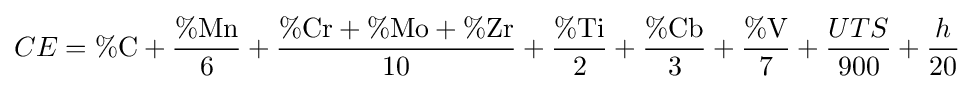
CE=\%{\text{C}}+{\frac {\%{\text{Mn}}}{6}}+{\frac {\%{\text{Cr}}+\%{\text{Mo}}+\%{\text{Zr}}}{10}}+{\frac {\%{\text{Ti}}}{2}}+{\frac {\%{\text{Cb}}}{3}}+{\frac {\%{\text{V}}}{7}}+{\frac {UTS}{900}}+{\frac {h}{20}}